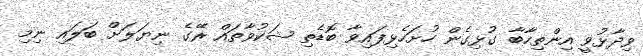
ވިދާޅުވީ އިންތިހާބާ ގުޅިގެން ހުށަހެޅިފައިވާ ބޮޑެތި ޝަކުވާތައް ރޭގެ ނިޔަލަށް ބަލައި ނިމި